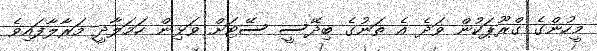
މީހުންގެ ގްރޫޕަކުން ވަދެ އެ ތަނުގެ ބިދޭސީ ސޭޓަށް ވަޅިން ހަމަލާދީ މަރާލާފައިވެ